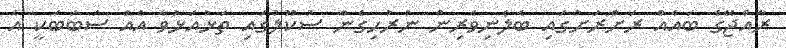
ރާއްޖޭގެ ބައެއް ރަށްރަށުގައި ބެލެނިވެރިން ނުރުހިގެން ސުކޫލުގައި ތަޅުއަޅުވާ އެއް ސަބަބަކީ އެ